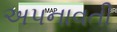
અપનાવતી